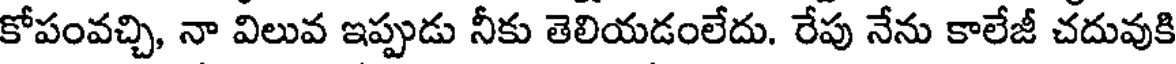
కోపంవచ్చి, నా విలువ ఇప్పుడు నీకు తెలియడంలేదు. రేపు నేను కాలేజీ చదువుకి